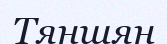
Тяншян